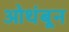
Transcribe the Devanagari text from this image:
ओथंबून